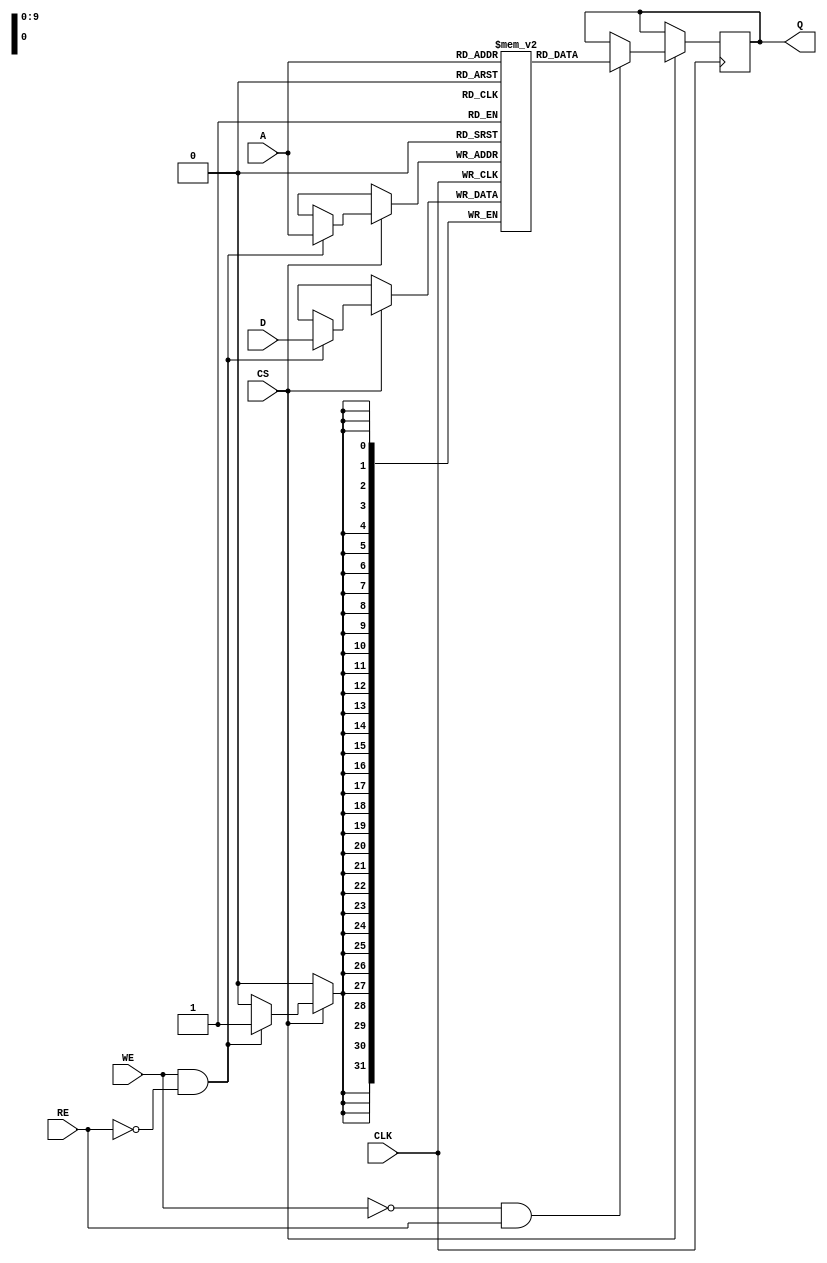
module eSRAM #(
    parameter DATA_WIDTH = 32,  // Configurable data width
    parameter ADDR_WIDTH = 10    // Configurable address width (2^ADDR_WIDTH = Depth)
)(
    input wire [DATA_WIDTH-1:0] D,      // Data input
    output reg [DATA_WIDTH-1:0] Q,       // Data output
    input wire [ADDR_WIDTH-1:0] A,       // Address input
    input wire WE,                       // Write Enable
    input wire RE,                       // Read Enable
    input wire CS,                       // Chip Select
    input wire CLK                       // Clock input
);

    // Memory array declaration
    reg [DATA_WIDTH-1:0] memory [0:(1 << ADDR_WIDTH)-1];

    // Operation
    always @(posedge CLK) begin
        if (CS) begin
            // Check for Write mode
            if (WE && !RE) begin
                memory[A] <= D;  // Write data to memory
            end
            // Check for Read mode
            if (!WE && RE) begin
                Q <= memory[A];   // Read data from memory
            end
        end
    end

endmodule